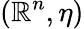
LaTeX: (\mathbb{R}^{n},\eta)